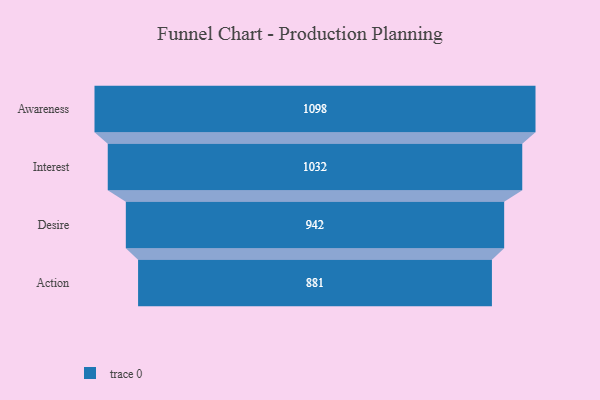
{"axis": {"x": "Stage", "y": "Value"}, "legend": [""], "data": [{"x": "Awareness", "y": 1098.0, "type": ""}, {"x": "Interest", "y": 1032.0, "type": ""}, {"x": "Desire", "y": 942.0, "type": ""}, {"x": "Action", "y": 881.0, "type": ""}]}